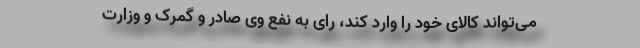
می‌تواند کالای خود را وارد کند، رای به نفع وی صادر و گمرک و وزارت